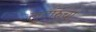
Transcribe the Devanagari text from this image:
लुटारुंचा